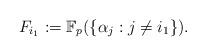
LaTeX: \begin{align*}F_{i_1}:=\mathbb{F}_p(\{\alpha_j:j\neq i_1\}).\end{align*}